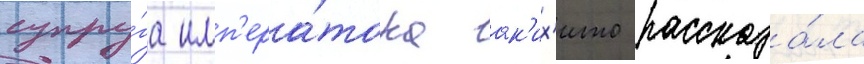
супру́га имп'ера́тора ак'их'ито рассказа́ла